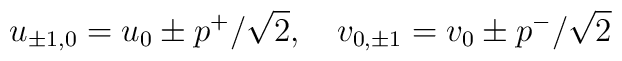
u_{\pm 1,0}=u_0\pm p^{+}/\sqrt{2},\quad v_{0,\pm 1}=v_0\pm p^{-}/\sqrt{2}